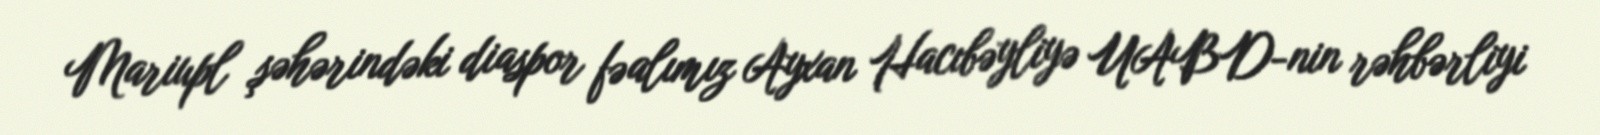
Mariupl şəhərindəki diaspor fəalımız Ayxan Hacıbəyliyə UABD-nin rəhbərliyi